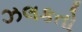
ઝલકતો